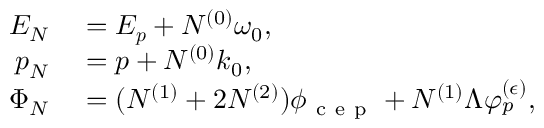
\begin{array} { r l } { E _ { N } } & { { } = E _ { \boldsymbol { p } } + N ^ { ( 0 ) } \omega _ { 0 } , } \\ { \boldsymbol { p } _ { N } } & { { } = \boldsymbol { p } + N ^ { ( 0 ) } \boldsymbol { k } _ { 0 } , } \\ { \Phi _ { N } } & { { } = ( N ^ { ( 1 ) } + 2 N ^ { ( 2 ) } ) \phi _ { \mathrm { ~ c ~ e ~ p ~ } } + N ^ { ( 1 ) } \Lambda \varphi _ { p } ^ { ( \epsilon ) } , } \end{array}